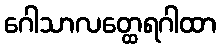
ဂေါသာလတ္ထေရဂါထာ